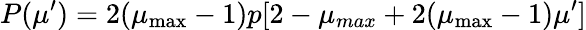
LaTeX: P(\mu^{\prime})=2(\mu_{\operatorname*{max}}-1)p[2-\mu_{max}+2(\mu_{\operatorname*{max}}-1)\mu^{\prime}]